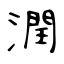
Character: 潤